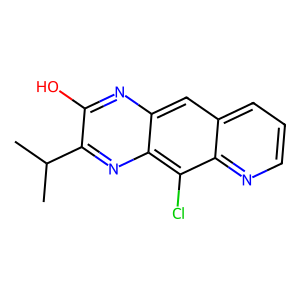
SMILES: CC(C)c1nc2c(Cl)c3ncccc3cc2nc1O
Inhibits HIV replication: No